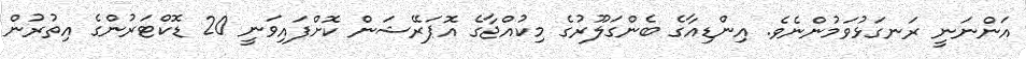
އަންނަނީ ރަނގަޅުވަމުންނެވެ. އިންޑިއާގެ ބެންގަލޫރުގެ މިކުއްޖާގެ އޮޕަރޭޝަން ކޮށްފައިވަނީ 20 ޑޮކްޓަރުންގެ އިތުރުން